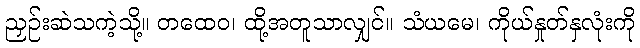
ညှဉ်းဆဲသကဲ့သို့။ တထေဝ၊ ထို့အတူသာလျှင်။ သံယမေ၊ ကိုယ်နှုတ်နှလုံးကို